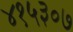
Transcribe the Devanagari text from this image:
४१५३०७